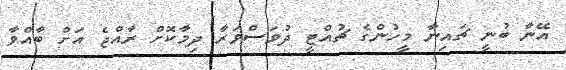
އޭނާ ބުނީ ޗައިނާ މީހުންގެ ޗުއްޓީ ދުވަސްވަރާ ދިމާކޮށް ރާއްޖެ އަށް ބާއްވާ